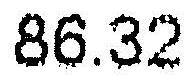
86.32